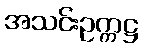
အသင်းဥက္ကဋ္ဌ